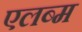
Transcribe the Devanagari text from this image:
एलब्म